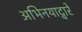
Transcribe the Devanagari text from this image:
अभिनयाद्वारे